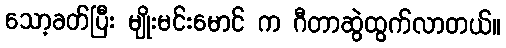
သော့ခတ်ပြီး မျိုးမင်းမောင် က ဂီတာဆွဲထွက်လာတယ်။